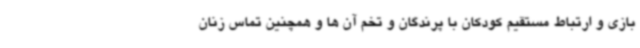
بازی و ارتباط مستقیم کودکان با پرندگان و تخم آن ها و همچنین تماس زنان